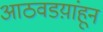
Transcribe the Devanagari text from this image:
आठवडय़ांहून